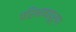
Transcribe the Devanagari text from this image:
परिभाषापूर्ण